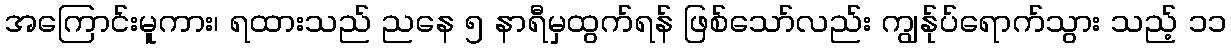
အကြောင်းမူကား၊ ရထားသည် ညနေ ၅ နာရီမှထွက်ရန် ဖြစ်သော်လည်း ကျွန်ုပ်ရောက်သွား သည့် ၁၁